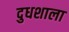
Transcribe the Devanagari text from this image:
दुधशाला